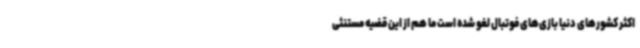
اکثر کشورهای دنیا بازی‌های فوتبال لغو شده است ما هم از این قضیه مستنثی